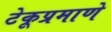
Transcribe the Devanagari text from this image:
टेकूप्रमाणे